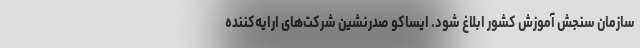
سازمان سنجش آموزش کشور ابلاغ شود. ایساکو صدرنشین شرکت‌های ارایه‌کننده